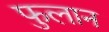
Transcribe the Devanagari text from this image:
फुलान